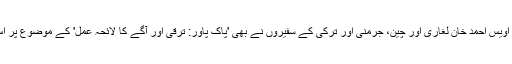
وفاقی وزیر برائے بجلی اویس احمد خان لغاری اور چین، جرمنی اور ترکی کے سفیروں نے بھی 'پاک پاور: ترقی اور آگے کا لائحہ عمل' کے موضوع پر اس سیمینار میں حصہ لیا۔